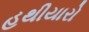
હથીયારો